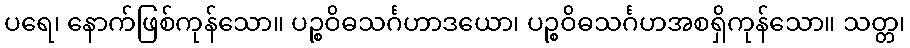
ပရေ၊ နောက်ဖြစ်ကုန်သော။ ပဉ္စဝိဓသင်္ဂဟာဒယော၊ ပဉ္စဝိဓသင်္ဂဟအစရှိကုန်သော။ သတ္တ၊